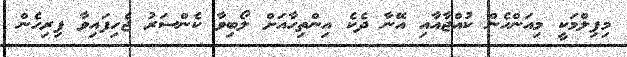
މިފިލްމަކީ މިއަންހެން ކުއްޖާއާއި އޭނާ ދެކެ އިންތިހާއަށް ލޯބިވާ ކެންސަރު ޖެހިފައިވާ ފިރިހެން